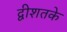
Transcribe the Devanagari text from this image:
द्वीशतके